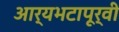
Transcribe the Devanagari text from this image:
आर्यभटापूर्वी